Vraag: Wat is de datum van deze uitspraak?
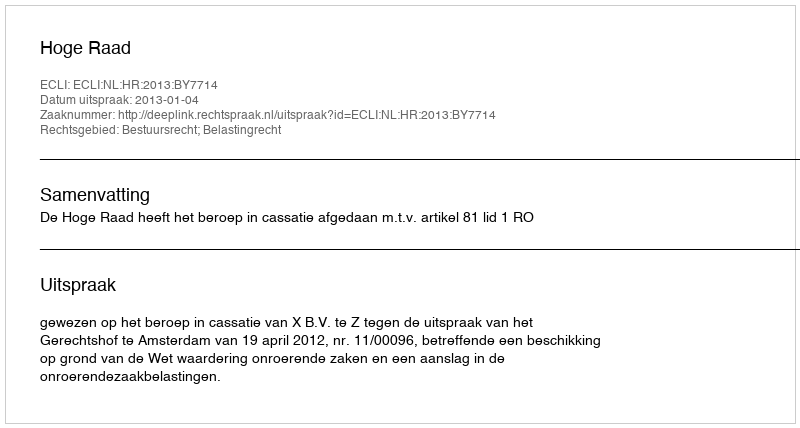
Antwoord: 2013-01-04